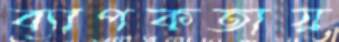
ব্যাপকতায়